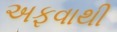
અફવાથી